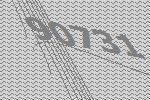
90731